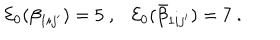
{ \cal E } _ { 0 } ( \beta _ { 1 i j ^ { \prime } } ) = 5 ~ , { \cal E } _ { 0 } ( \bar { \beta } _ { 1 i j ^ { \prime } } ) = 7 ~ .